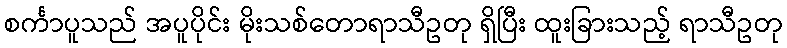
စင်္ကာပူသည် အပူပိုင်း မိုးသစ်တောရာသီဥတု ရှိပြီး ထူးခြားသည့် ရာသီဥတု